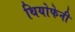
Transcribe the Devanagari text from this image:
थियोफेनी